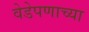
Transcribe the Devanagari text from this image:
वेडेपणाच्या